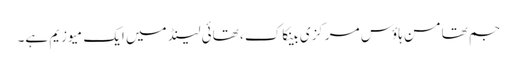
جم تھامسن ہاؤس مرکزی بینکاک ، تھائی لینڈ میں ایک میوزیم ہے۔